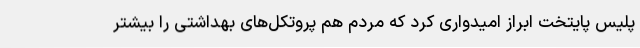
پلیس پایتخت ابراز امیدواری کرد که مردم هم پروتکل‌های بهداشتی را بیشتر